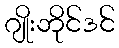
ဂျိုးဘိုင်ဒင်